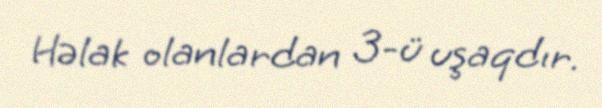
Həlak olanlardan 3-ü uşaqdır.